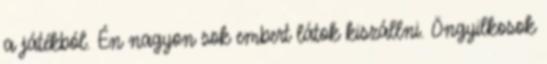
a játékból. Én nagyon sok embert látok kiszállni. Öngyilkosok